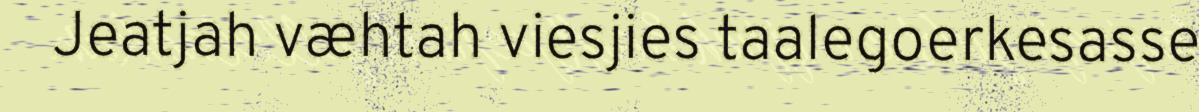
Jeatjah væhtah viesjies taalegoerkesasse